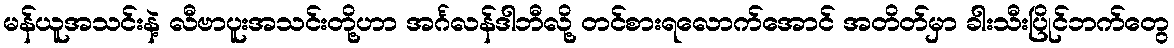
မန်ယူအသင်းနဲ့ လီဗာပူးအသင်းတို့ဟာ အင်္ဂလန်ဒါဘီလို့ တင်စားရလောက်အောင် အတိတ်မှာ ခါးသီးပြိုင်ဘက်တွေ